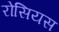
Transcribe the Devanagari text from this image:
रोसियस